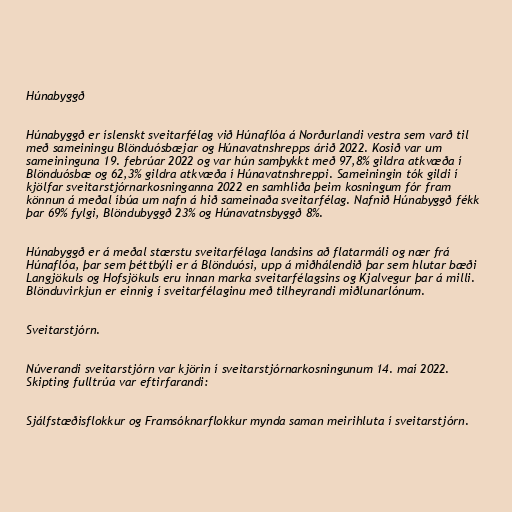
Húnabyggð

Húnabyggð er íslenskt sveitarfélag við Húnaflóa á Norðurlandi vestra sem varð til
með sameiningu Blönduósbæjar og Húnavatnshrepps árið 2022. Kosið var um
sameininguna 19. febrúar 2022 og var hún samþykkt með 97,8% gildra atkvæða í
Blönduósbæ og 62,3% gildra atkvæða í Húnavatnshreppi. Sameiningin tók gildi í
kjölfar sveitarstjórnarkosninganna 2022 en samhliða þeim kosningum fór fram
könnun á meðal íbúa um nafn á hið sameinaða sveitarfélag. Nafnið Húnabyggð fékk
þar 69% fylgi, Blöndubyggð 23% og Húnavatnsbyggð 8%.

Húnabyggð er á meðal stærstu sveitarfélaga landsins að flatarmáli og nær frá
Húnaflóa, þar sem þéttbýli er á Blönduósi, upp á miðhálendið þar sem hlutar bæði
Langjökuls og Hofsjökuls eru innan marka sveitarfélagsins og Kjalvegur þar á milli.
Blönduvirkjun er einnig í sveitarfélaginu með tilheyrandi miðlunarlónum.

Sveitarstjórn.

Núverandi sveitarstjórn var kjörin í sveitarstjórnarkosningunum 14. maí 2022.
Skipting fulltrúa var eftirfarandi:

Sjálfstæðisflokkur og Framsóknarflokkur mynda saman meirihluta í sveitarstjórn.